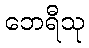
ဘေရီသု